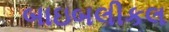
બાઇબલીકલ